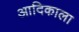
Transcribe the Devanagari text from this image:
आदिकाला